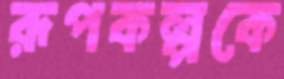
রূপকল্পকে